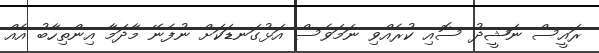
ރައީސް ނަޝީދު ސޮއި ކުރެއްވި ނަމަވެސް އަޅުގަނޑަކަށް ނުފެނޭ މާދަމާ އިންތިހާބު އެއް